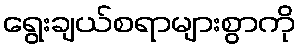
ရွေးချယ်စရာများစွာကို